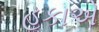
હૂકાએ